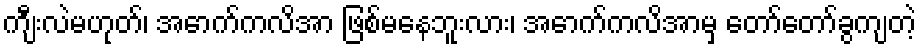
ကျီးလဲမဟုတ်၊ အောက်ကလိအာ ဖြစ်မနေဘူးလား၊ အောက်ကလိအာမှ တော်တော်ခွကျတဲ့